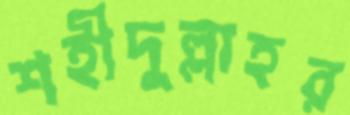
শহীদুল্লাহর